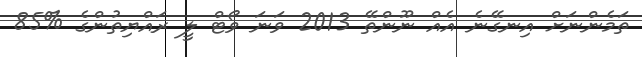
ތަމެންނަަށް އިނގޭނެ އެއް ނޫންތޭ 2013 ވަނަ ވޯޓް ލީ ރައްޔިތުންގެ %85